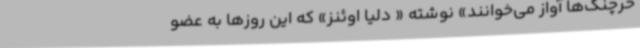
خرچنگ‌ها آواز می‌خوانند» نوشته « دلیا اوئنز»‌ که این روزها به عضو